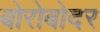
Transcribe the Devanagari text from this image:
बोरोबोदर